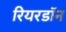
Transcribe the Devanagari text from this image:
रियरडॉन